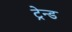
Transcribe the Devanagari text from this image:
ट्रेन्ड